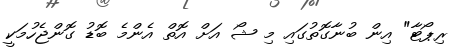
ރިޕޯޓާ" އިން ބުނާގޮތުގައި މި ޝޯ އަށް އޮތް އެންމެ ބޮޑު ގޮންޖެހުމަކީ